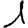
Digit: 1